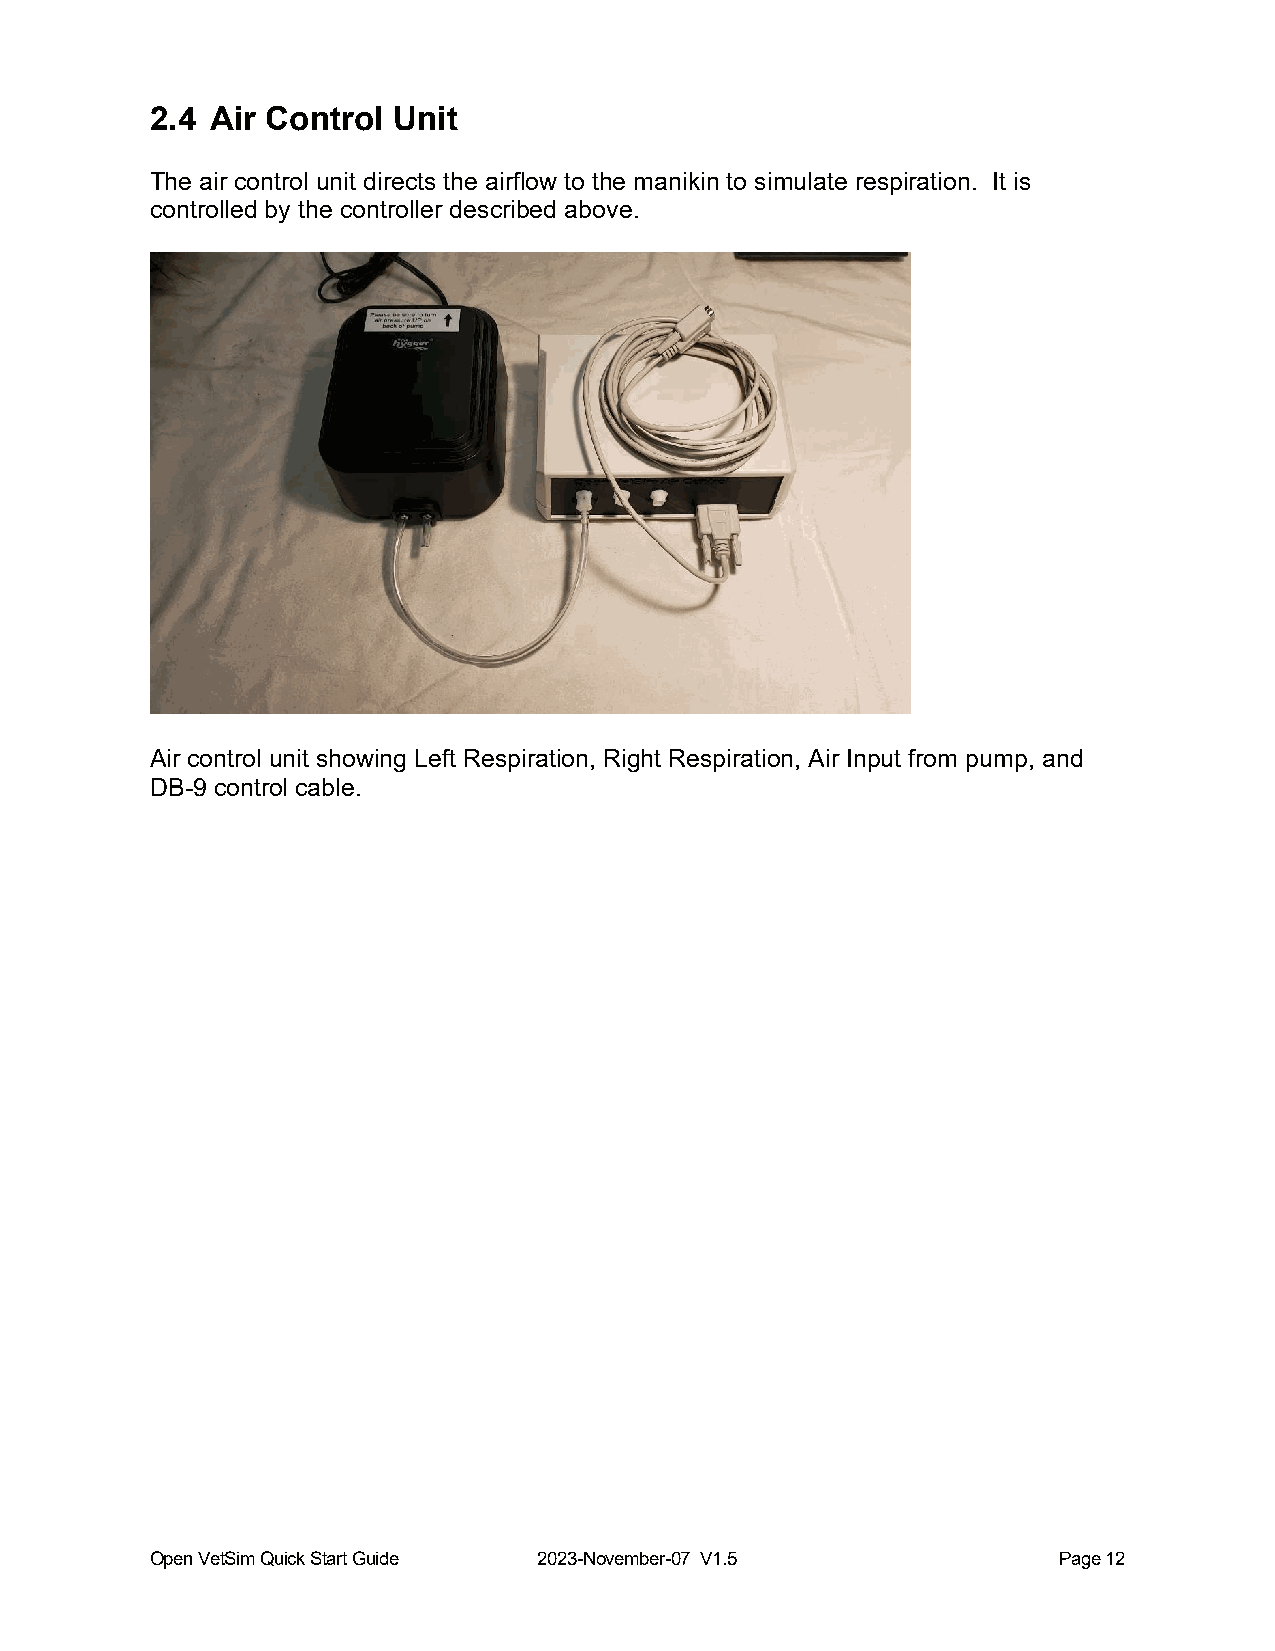
2.4 Air Control Unit
 The air control unit directs the airflow to the manikin to simulate respiration. It is
 controlled by the controller described above.
 Air control unit showing Left Respiration, Right Respiration, Air Input from pump, and
 DB-9 control cable.
 Open VetSim Quick Start Guide 2023-November-07 V1.5         Page 12